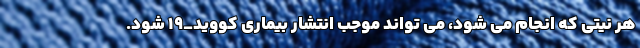
هر نیتی که انجام می شود، می تواند موجب انتشار بیماری کووید_۱۹ شود.